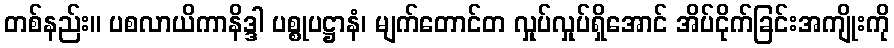
တစ်နည်း။ ပစလာယိကာနိဒ္ဒါ ပစ္စုပဋ္ဌာနံ၊ မျက်တောင်တ လှုပ်လှုပ်ရှိအောင် အိပ်ငိုက်ခြင်းအကျိုးကို